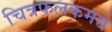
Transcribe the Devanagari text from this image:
चित्रफलकमद्ये